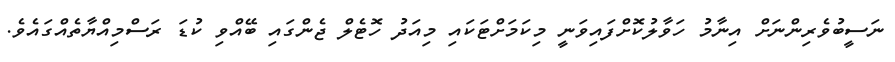
ނަސީބުވެރިންނަށް އިނާމު ހަވާލުކޮށްފައިވަނީ މިކަމަށްޓަކައި މިއަދު ހޮޓެލް ޖެންގައި ބޭއްވި ކުޑަ ރަސްމިއްޔާތެއްގައެވެ.